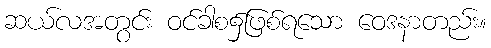
ဆယ်လအတွင်း ဝင်ခါစ၌ဖြစ်ရသော ဝေဒနာတည်း။